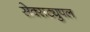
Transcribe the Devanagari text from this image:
सेक्सट्युपल